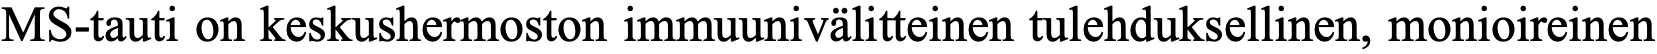
MS-tauti on keskushermoston immuunivälitteinen tulehduksellinen, monioireinen